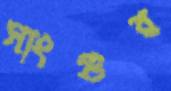
সাংগুর